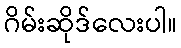
ဂိမ်းဆိုဒ်လေးပါ။